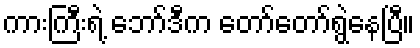
ကားကြီးရဲ့ ဘော်ဒီက တော်တော်ရွဲနေပြီ။